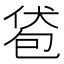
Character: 𰅞